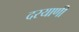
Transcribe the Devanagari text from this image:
दरयाणी